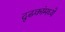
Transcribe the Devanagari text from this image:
दृढकांमध्ये